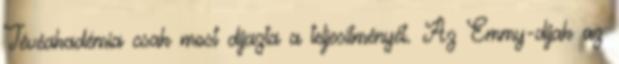
Tévéakadémia csak most díjazta a teljesítményét. Az Emmy-díjak az